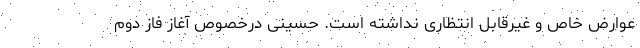
عوارض خاص و غیرقابل انتظاری نداشته است. حسینی درخصوص آغاز فاز دوم